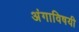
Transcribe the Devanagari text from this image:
अंगाविषयी